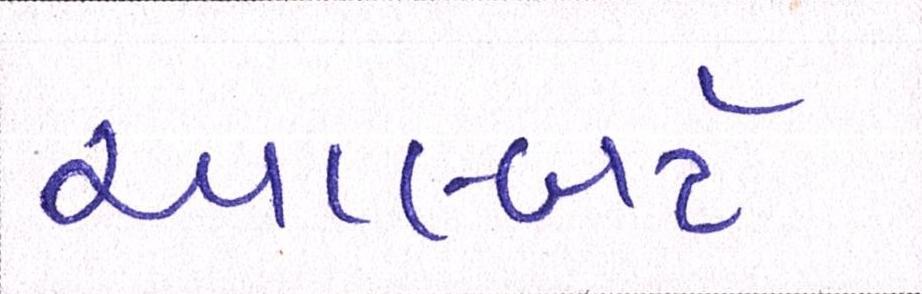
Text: આલ્બર્ટ